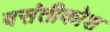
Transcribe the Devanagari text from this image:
बसंतीकोश